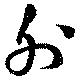
外